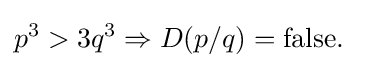
p^{3}>3q^{3}\Rightarrow D(p/q)=\mathrm {false} .\;